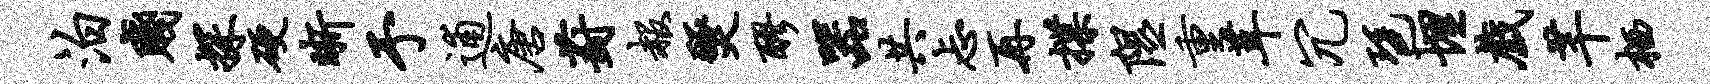
泊贱探硬晰予逋唐葑赧燹醪器共忐再揲隰重茸冗琶埋戏芊栖